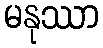
မနုဿာ